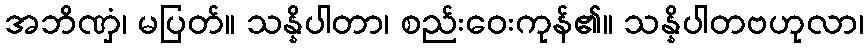
အဘိဏှံ၊ မပြတ်။ သန္နိပါတာ၊ စည်းဝေးကုန်၏။ သန္နိပါတဗဟုလာ၊